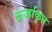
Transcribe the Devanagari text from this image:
ऊर्जाकृत